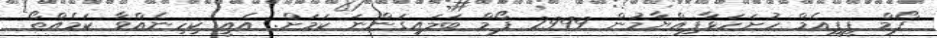
ފޯމް ޕީޕީއެމް ހުށަހަޅާފިއްޔާމުން 2999 ފޯމް ބަލައިގަންނަ ކަމަށް. އެއީ ކިހިނެއްވާ ކަމެއްތޯ